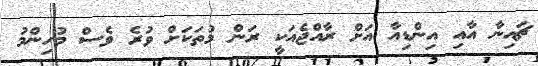
ޗައިނާ އާއި އިންޑިއާ އަށް ރާއްޖެއަކީ ރަން މުތަކަށް ވުރެ ވެސް މުހިންމު